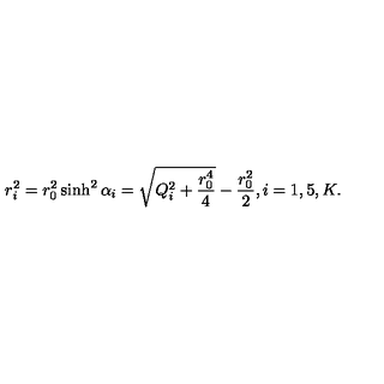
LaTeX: r _ { i } ^ { 2 } = r _ { 0 } ^ { 2 } \sinh ^ { 2 } \alpha _ { i } = \sqrt { Q _ { i } ^ { 2 } + { \frac { r _ { 0 } ^ { 4 } } { 4 } } } - { \frac { r _ { 0 } ^ { 2 } } { 2 } } , i = 1 , 5 , K .